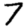
Digit: 7